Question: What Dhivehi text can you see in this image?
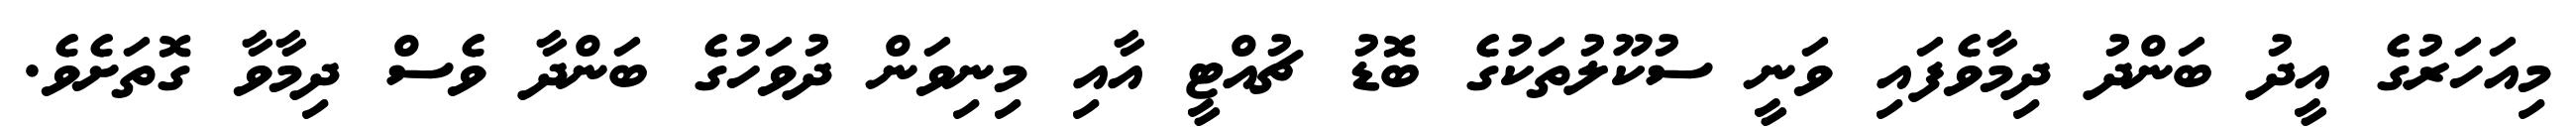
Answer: މިއަހަރުގެ އީދު ބަންދު ދިމާވެފައި ވަނީ ސުކޫލުތަކުގެ ބޮޑު ޗުއްޓީ އާއި މިނިވަން ދުވަހުގެ ބަންދާ ވެސް ދިމާވާ ގޮތަށެވެ.